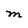
Character: M